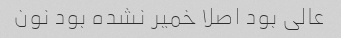
عالی بود اصلا خمیر نشده بود نون